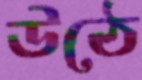
উঠে